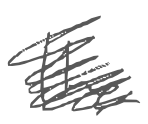
Text: the
Cross-out: scratch
Writing tool: digital_gray